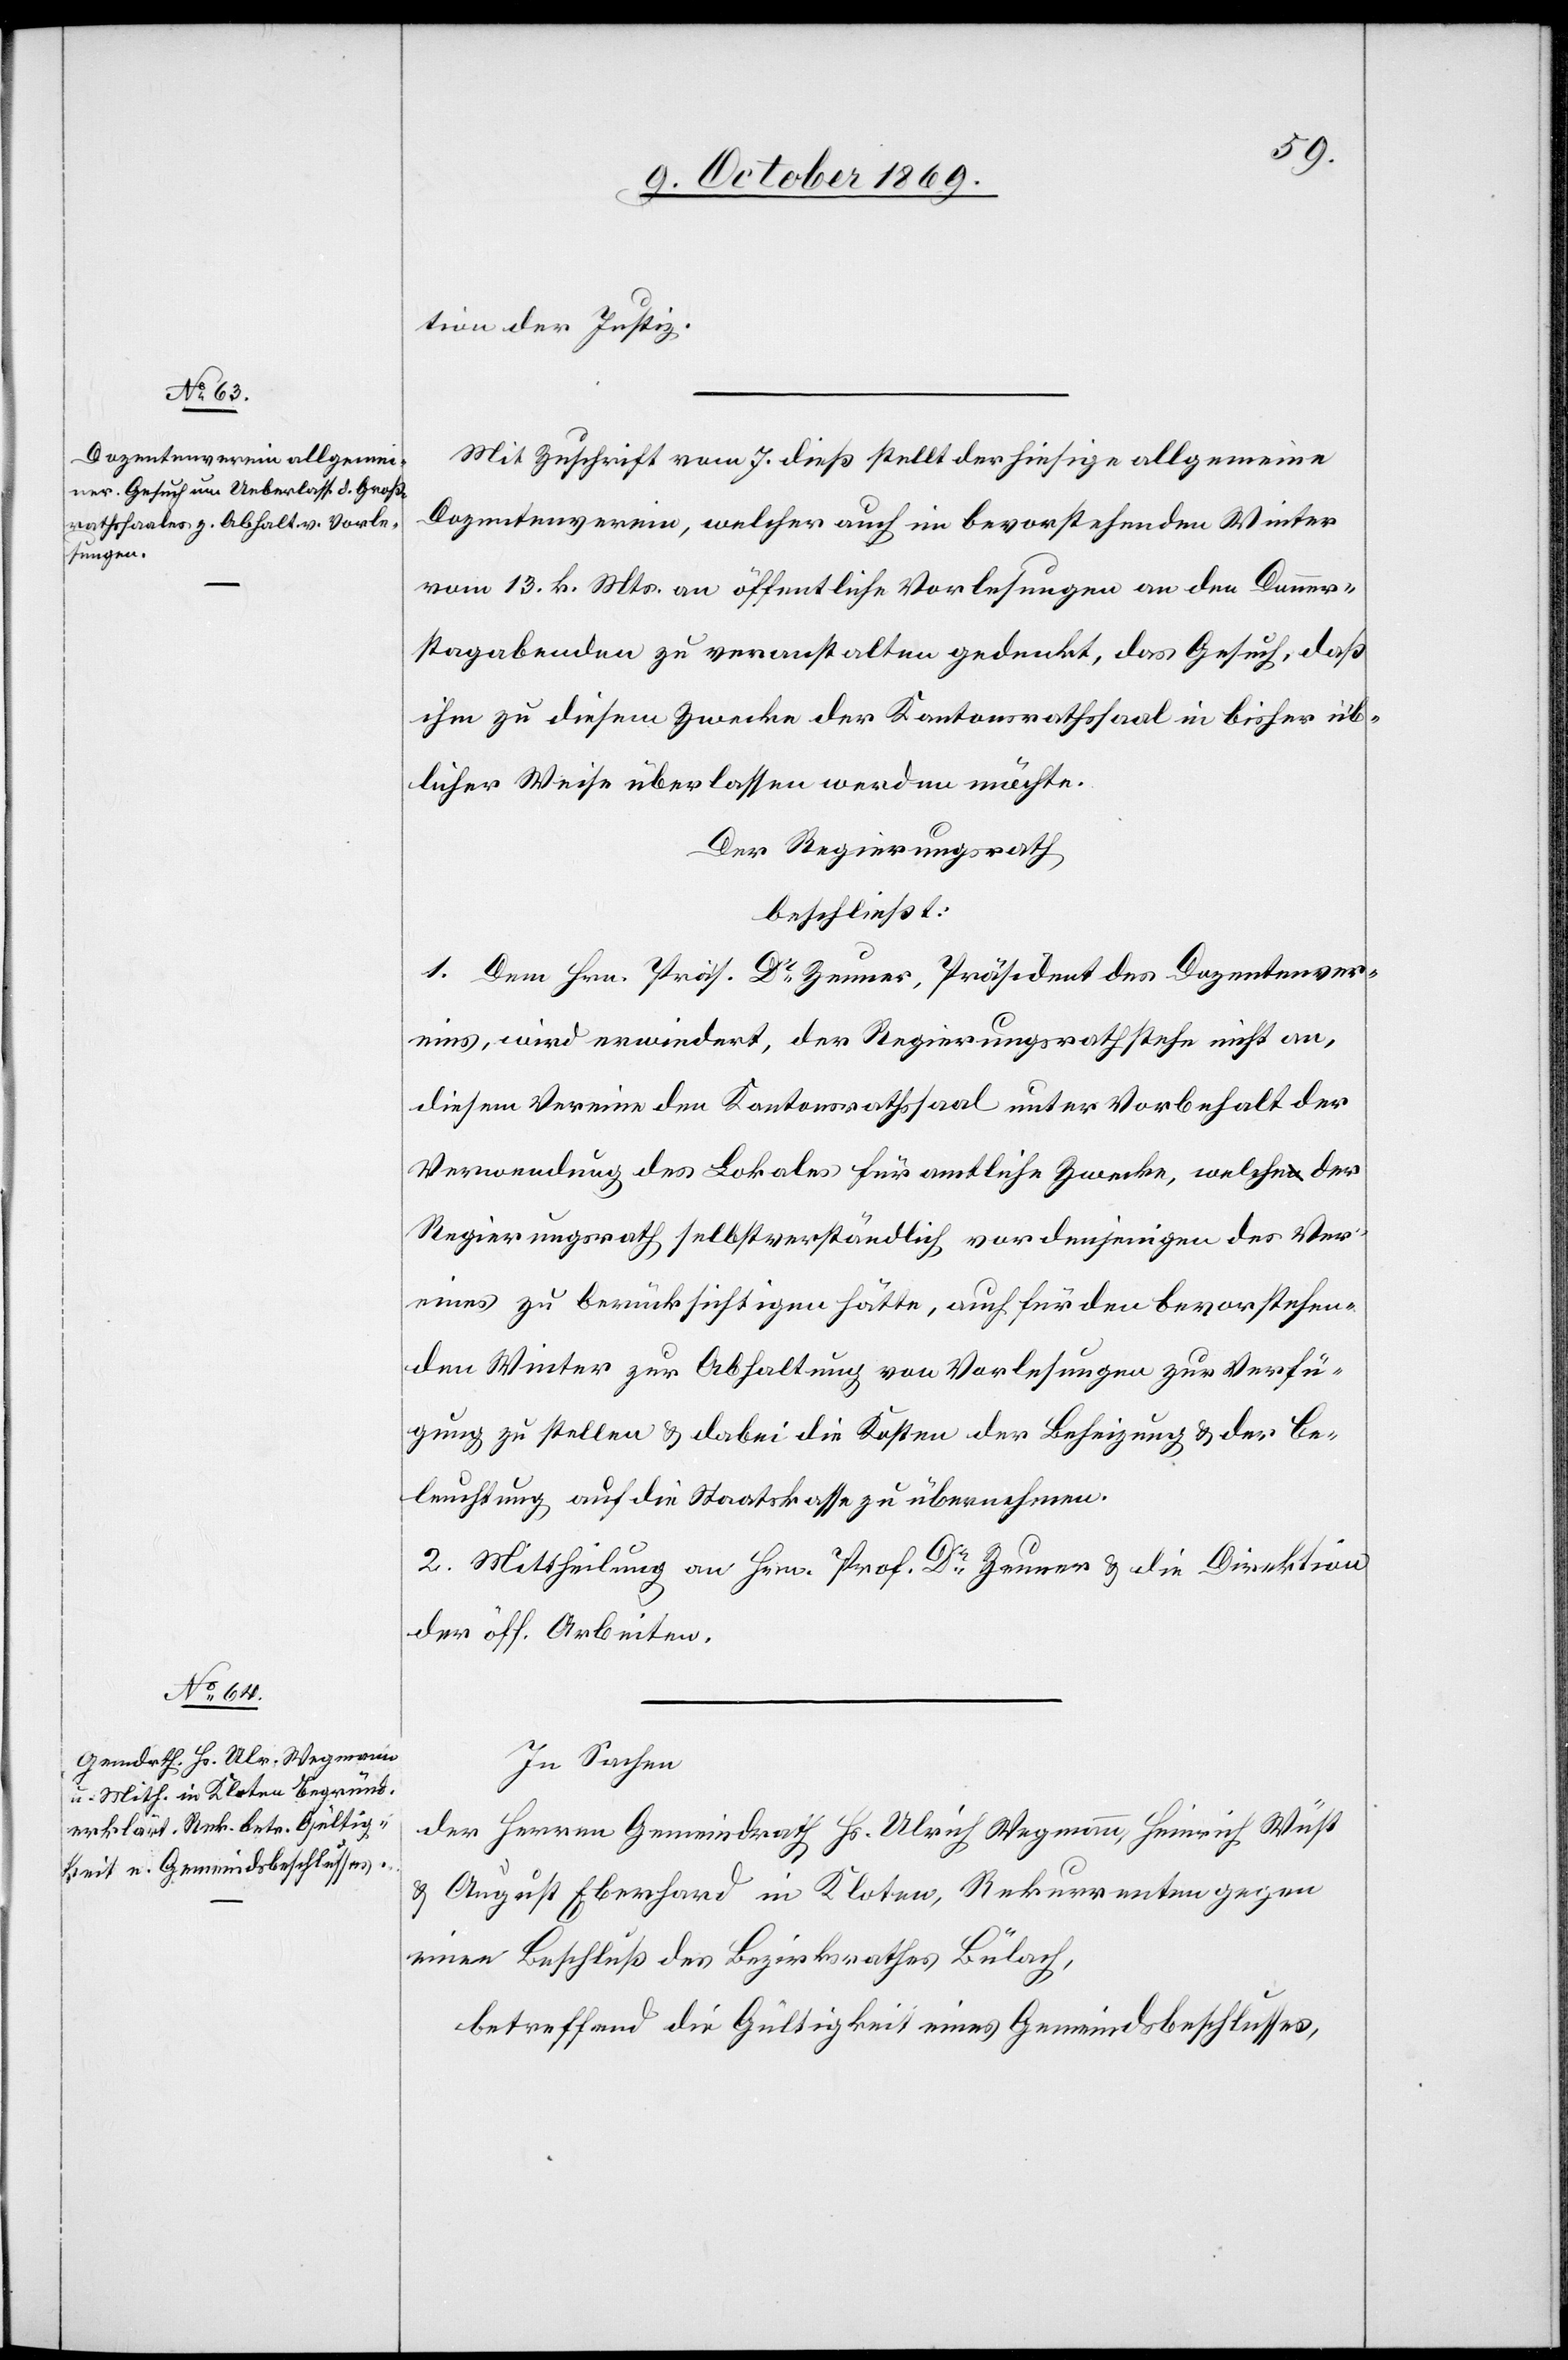
tion der Justiz.
Mit Zuschrift vom 7. dieß stellt der hiesige allgemeine
Dozentenverein, welcher auch im bevorstehenden Winter
vom 13. k. Mts. an öffentliche Vorlesungen an den Donner¬
stagabenden zu veranstalten gedenkt, das Gesuch, daß
ihm zu diesem Zwecke der Kantonsrathssaal in bisher üb¬
licher Weise überlassen werden möchte.
Der Regierungsrath
beschließt:
1. Dem Hrn. Präs. Dr Zeuner, Präsident des Dozentenver¬
eins, wird erwiedert, der Regierungsrath stehe nicht an,
diesem Vereine den Kantonsrathssaal unter Vorbehalt der
Verwendung des Lokales für amtliche Zwecke, welche der
Regierungsrath selbstverständlich vor denjenigen des Ver¬
eines zu berücksichtigen hätte, auch für den bevorstehen¬
den Winter zur Abhaltung von Vorlesungen zur Verfü¬
gung zu stellen & dabei die Kosten der Beheizung & der Be¬
leuchtung auf die Staatskasse zu übernehmen.
2. Mittheilung an Hrn. Prof. Dr Zeuner & die Direktion
der öff. Arbeiten.
In Sachen
der Herren Gemeindrath Hs. Ulrich Wegmann, Heinrich Wüst
& August Eberhard in Kloten, Rekurrenten gegen
einen Beschluß des Bezirksrathes Bülach,
betreffend die Gültigkeit eines Gemeindsbeschlusses,